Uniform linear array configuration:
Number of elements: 8
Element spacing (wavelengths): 0.75
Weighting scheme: uniform
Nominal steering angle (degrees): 45
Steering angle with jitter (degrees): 45.514
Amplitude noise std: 0.05
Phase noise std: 0.05

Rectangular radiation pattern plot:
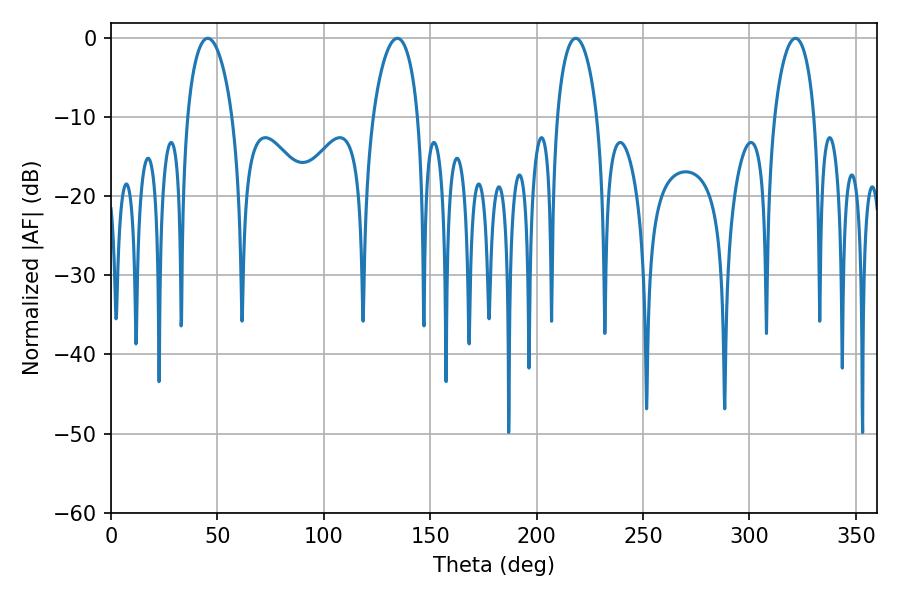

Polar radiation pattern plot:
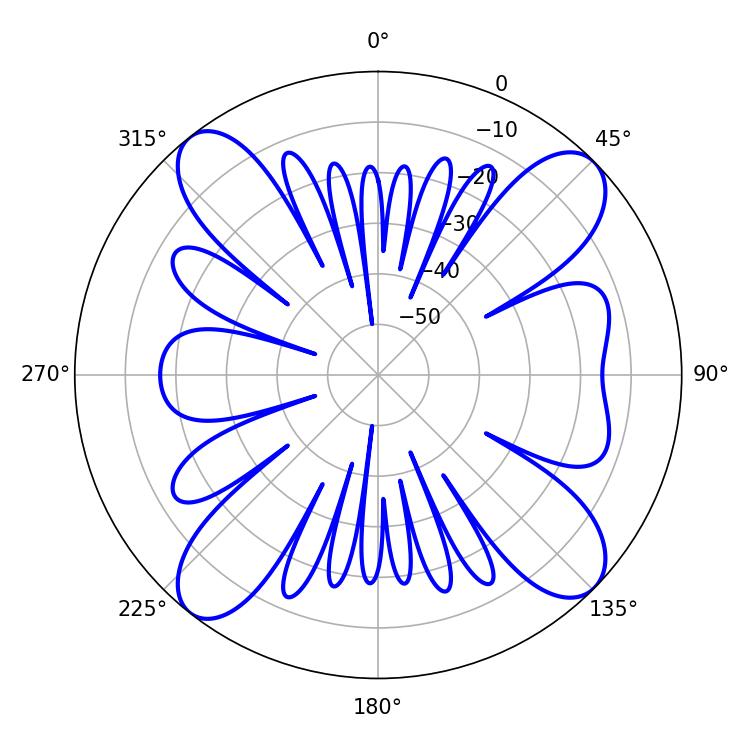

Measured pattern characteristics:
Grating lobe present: TRUE
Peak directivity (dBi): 13.64
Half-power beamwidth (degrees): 10.8
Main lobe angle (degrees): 218.34